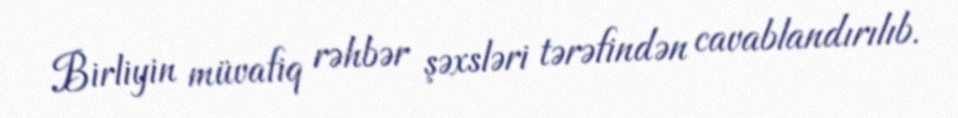
Birliyin müvafiq rəhbər şəxsləri tərəfindən cavablandırılıb.